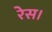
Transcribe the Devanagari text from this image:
रेस।